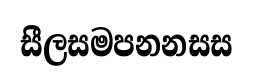
සීලසමපනනසස